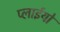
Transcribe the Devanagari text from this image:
प्लाईयों